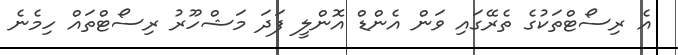
އެ ރިސޯޓްތަކުގެ ތެރޭގައި ވަން އެންޑް އޮންލީ ފަދަ މަޝްހޫރު ރިސޯޓްތައް ހިމެނެ